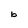
Character: b